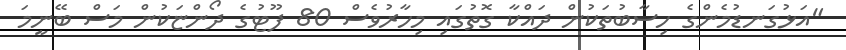
"އަޅުގަނޑުމެންގެ ހިސާބުތަކުން ދައްކާ ގޮތުގައި މިހާރުވެސް 80 ފޫޓުގެ ދޯންޏަކުން މަސް ބޭނީމަ